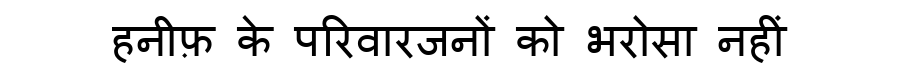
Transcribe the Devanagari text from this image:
हनीफ़ के परिवारजनों को भरोसा नहीं